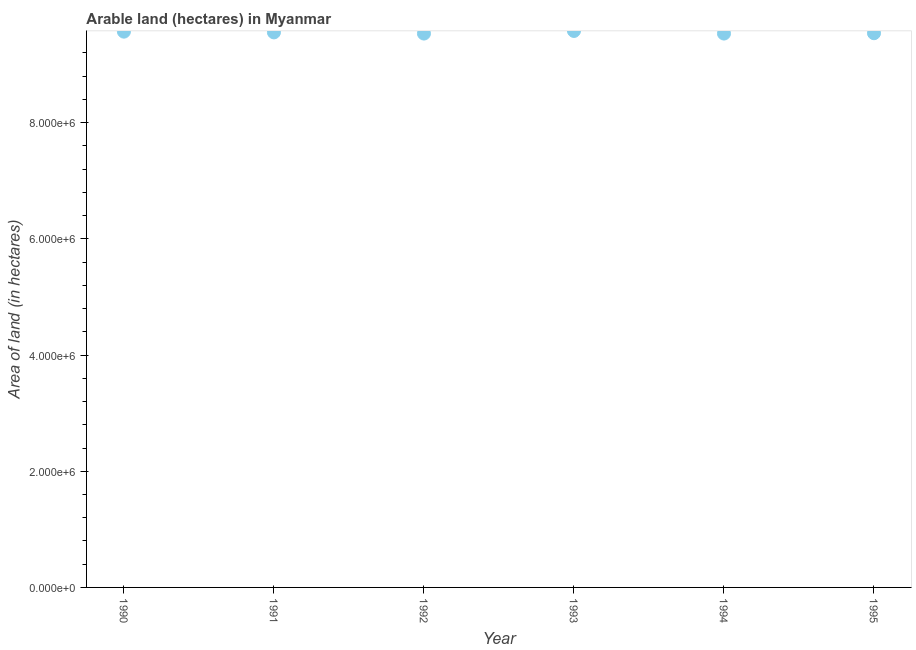
| Year | Area of land |
 | --- | --- |
 | 1990 | 9.57e+06 |
 | 1991 | 9.55e+06 |
 | 1992 | 9.53e+06 |
 | 1993 | 9.58e+06 |
 | 1994 | 9.53e+06 |
 | 1995 | 9.54e+06 |